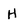
Character: H